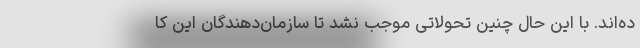
ده‌اند. با این حال چنین تحولاتی موجب نشد تا سازمان‌دهندگان این کا